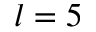
l = 5